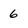
Character: 6